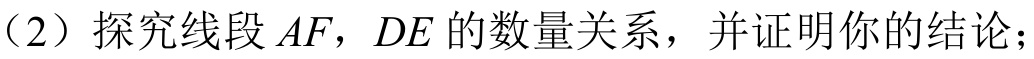
（2）探究线段$AF$，$DE$的数量关系，并证明你的结论；